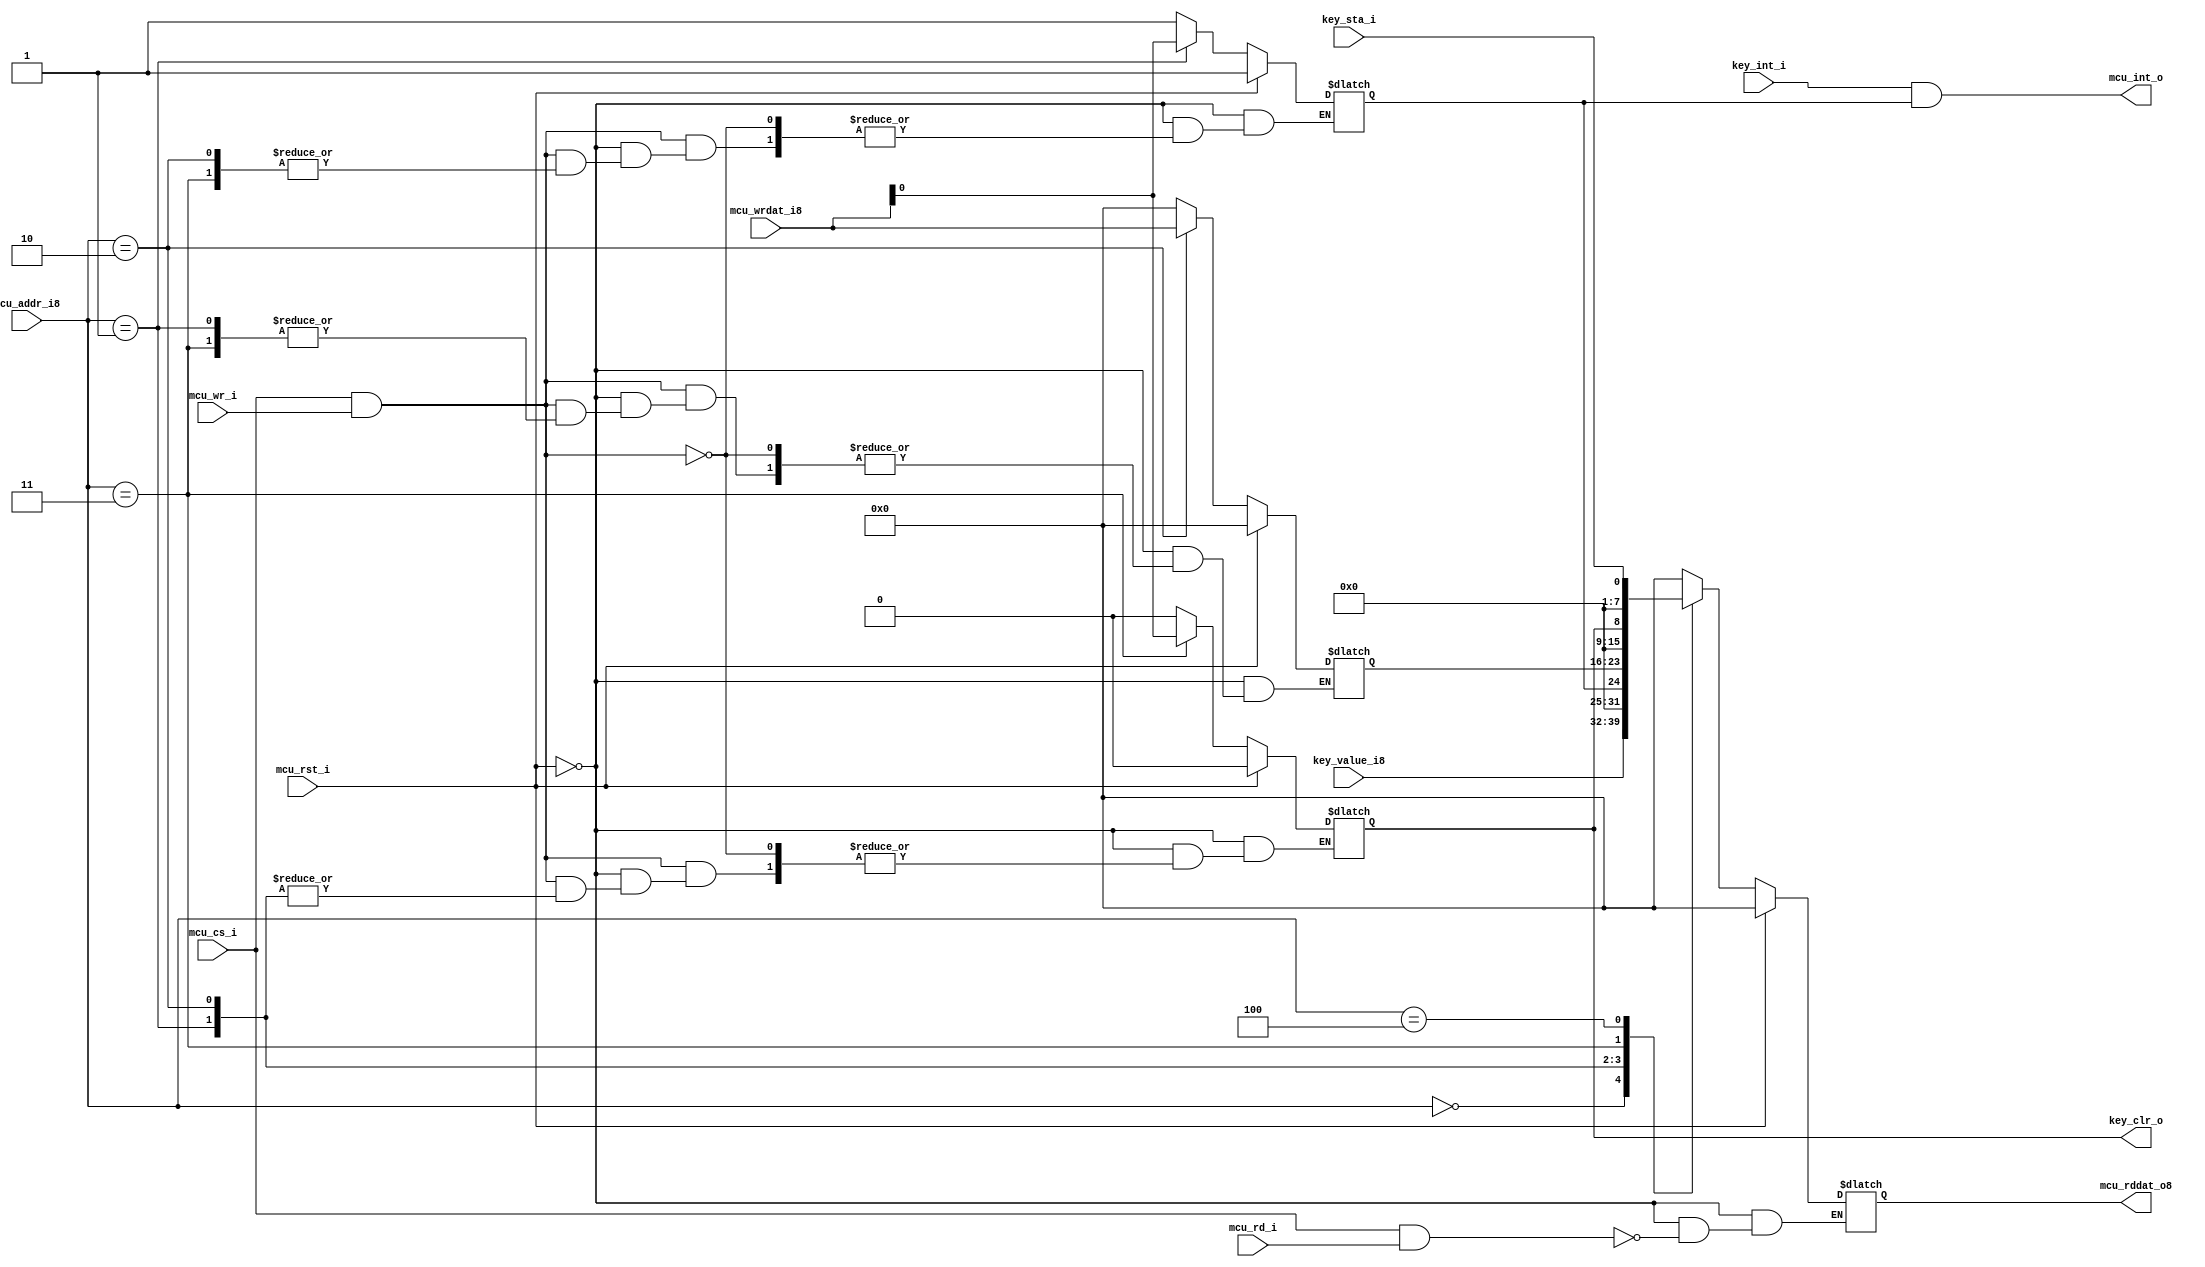

`timescale 1ns/10ps
module key_reg
(
    mcu_rst_i    ,
    mcu_cs_i     ,
    mcu_wr_i     ,
    mcu_rd_i     ,
    mcu_addr_i8  ,
    mcu_wrdat_i8 ,
    mcu_rddat_o8 ,
    mcu_int_o    ,
    
    key_clr_o    ,
    key_int_i    ,
    key_sta_i    ,
    key_value_i8 ,
    
);

input       mcu_rst_i    ;
input       mcu_cs_i     ;
input       mcu_wr_i     ;
input       mcu_rd_i     ;
input [7:0] mcu_addr_i8  ;
input [7:0] mcu_wrdat_i8 ;
output[7:0] mcu_rddat_o8 ;
output      mcu_int_o    ;

output      key_clr_o    ;
input       key_int_i    ;
input       key_sta_i    ;
input [7:0] key_value_i8 ;


reg         key_intmsk_r ;
reg   [7:0] test_r8      ; 


//----------------------------------------------------------
assign mcu_int_o = key_int_i&key_intmsk_r;

//----------------------------------------------------------
reg   [7:0] mcu_rddat_o8 ;

always@ ( * )
begin
  if(mcu_rst_i)
    mcu_rddat_o8   =  8'h00;
  else if (mcu_cs_i & mcu_rd_i)
  begin
    case (mcu_addr_i8[7:0])
      8'h00:  mcu_rddat_o8[7:0] =  key_value_i8 ;
      8'h01:  mcu_rddat_o8[7:0] =  {7'b0,key_intmsk_r};
      8'h02:  mcu_rddat_o8[7:0] =  test_r8      ;
      8'h03:  mcu_rddat_o8[7:0] =  {7'b0,key_clr_o};
      8'h04:  mcu_rddat_o8[7:0] =  {7'b0,key_sta_i};
      
    default:  mcu_rddat_o8[7:0] =  8'h0         ;
    endcase
  end
end

//----------------------------------------------------------
reg key_clr_o;

always@( * )
begin
  if(mcu_rst_i)
  begin
      test_r8      = 8'h00;
      key_intmsk_r = 1'b1;
      key_clr_o    = 1'b0;
  end
  else if (mcu_cs_i & mcu_wr_i)
  begin
    case (mcu_addr_i8[7:0])
//    8'h00:  key_value_o8      =  mcu_wrdat_i8[7:0];
      8'h01:  key_intmsk_r      =  mcu_wrdat_i8[0]  ;//
      8'h02:  test_r8           =  mcu_wrdat_i8[7:0];//
      8'h03:  key_clr_o         =  mcu_wrdat_i8[0]  ;
      
    default:
      begin
          test_r8      = 8'h00;
          key_intmsk_r = 1'b1;
          key_clr_o    = 1'b0;
      end
    endcase
  end
end

//---------------------------------------------------
endmodule